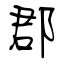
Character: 郡